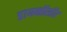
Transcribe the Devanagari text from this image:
डायनॉसॉर